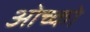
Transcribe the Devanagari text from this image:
ओच्को